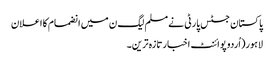
پاکستان جسٹس پارٹی نے مسلم لیگ ن میں انضمام کا اعلان
لاہور(اُردو پوائنٹ اخبارتازہ ترین۔